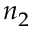
n _ { 2 }